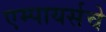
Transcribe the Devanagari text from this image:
एम्पायर्सचे